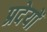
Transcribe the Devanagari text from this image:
प्रदेयों